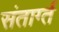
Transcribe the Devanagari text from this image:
संतार्ग्त